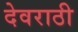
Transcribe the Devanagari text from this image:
देवराठी